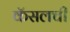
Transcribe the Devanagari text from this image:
कॅसलची